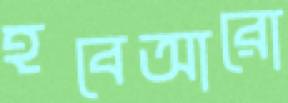
হবেআরো